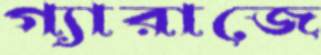
গ্যারাজে